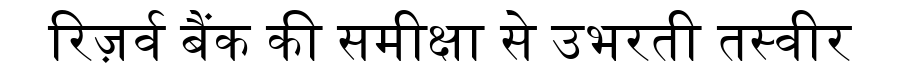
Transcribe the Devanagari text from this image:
रिज़र्व बैंक की समीक्षा से उभरती तस्वीर